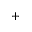
^ +